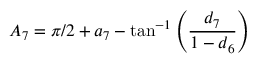
{ A _ { 7 } } = \pi / 2 + { a _ { 7 } } - \tan ^ { - 1 } \left( \frac { d _ { 7 } } { 1 - d _ { 6 } } \right)